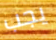
يجب